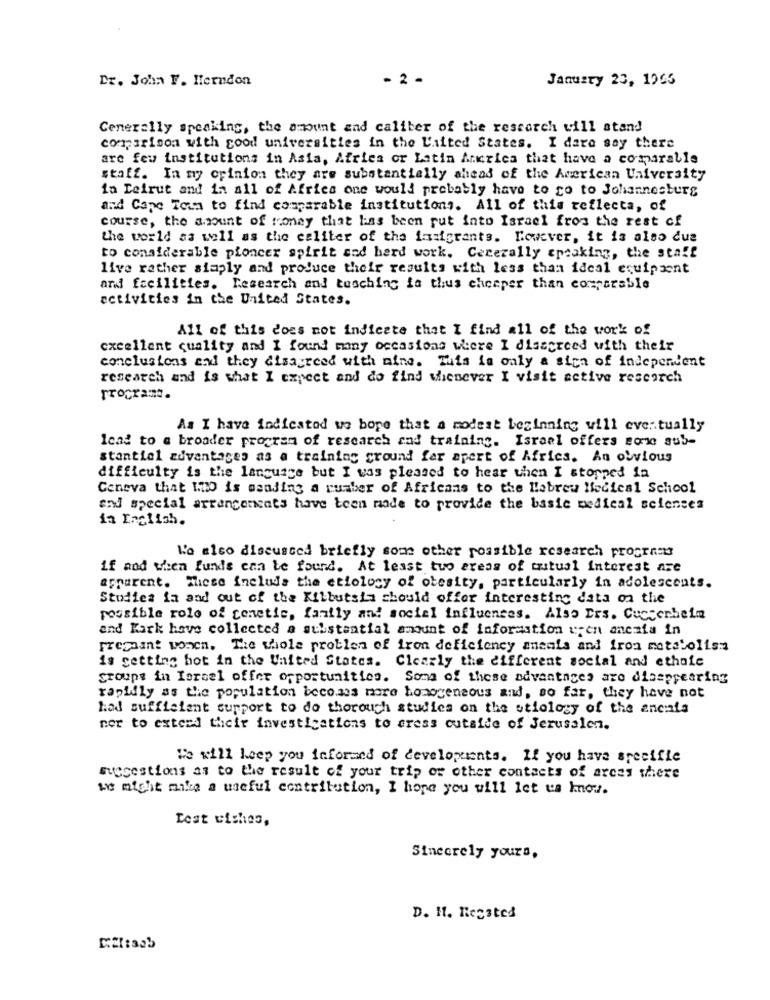
Dr. John F. Herndon
- 2 -
January 23, 1965
Generally speaking, the amount and caliber of the research will stand
comparison with good universities in the United States. I dare say there
are few institutions in Asia, Africa or Latin Arkrica that have a comparable
staff. In my opinion they are substantially ahead of the American University
in Beirut and in all of Africa one would probably have to go to Johannesburg
and Cape Town to find comparable institutions. All of this reflecta, of
course, the amount of money that has been put into Israel from the rest of
the world sa well as the caliter of the famigrants. However, it is also due
to considerable pioncer spirit and hard work. Cerezally speaking, the staff
live rather simply and produce their results with less than ideal equipment
and facilities. Research and teaching is thus chceper than comparable
activities in the United States.
All of this does not indicate that I find all of the work of
excellent quality and I found many occasions where I disagreed with their
conclusions and they disagreed with nine. This is only a sica of independent
research and is what I expect and do find whenever I visit active research
Programa.
As I have indicatod wo bope that a modest beginning will eventually
lead to a broader program of research cad training. Israel offers som sub-
stantial zuvantages as a training ground far apert of Africs. An obvious
difficulty is the language but I was pleased to hear then I stopped ia
Geneva that WHO is msading a number of Africans to the Hlabreu Medical School
and special arrangements have been made to provide the basic medical sciences
in English.
We also discussed briefly some other possible research program
if and when funds can be found. At least tuo areas of mutual interest are
apparent. These include the etiology of obesity, particularly in adolescents.
Studies fa and out of the Kilbutsia should offer interesting data on the
possible role of genetic, family and social influences. Also Ers. Cuccerhein
and Kark have collected a substantial amount of information uren ancaia in
Fremant wonen. The whole problen of iron deficiency ansals and iron metabolism
is getting hot in the United States. Clearly the different social and ethnic
groups in Israel offer opportunities. Some of these advantages are disappearing
rapidly as the population becomes more homogeneous and, so far, they have not
had sufficient support to do thorough studies on the etiology of the ancials
nor to extend their investigations to aress outside of Jerusalem.
We will keep you informed of developments. If you have specific
succestions as to the result of your trip or other contacts of arces there
we might mike a useful contribution, I hope you will let us know.
Best wishes,
Sincerely yours,
D. H. Regsted